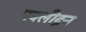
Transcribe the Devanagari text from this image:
पवलीदून